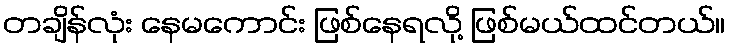
တချိန်လုံး နေမကောင်း ဖြစ်နေရလို့ ဖြစ်မယ်ထင်တယ်။